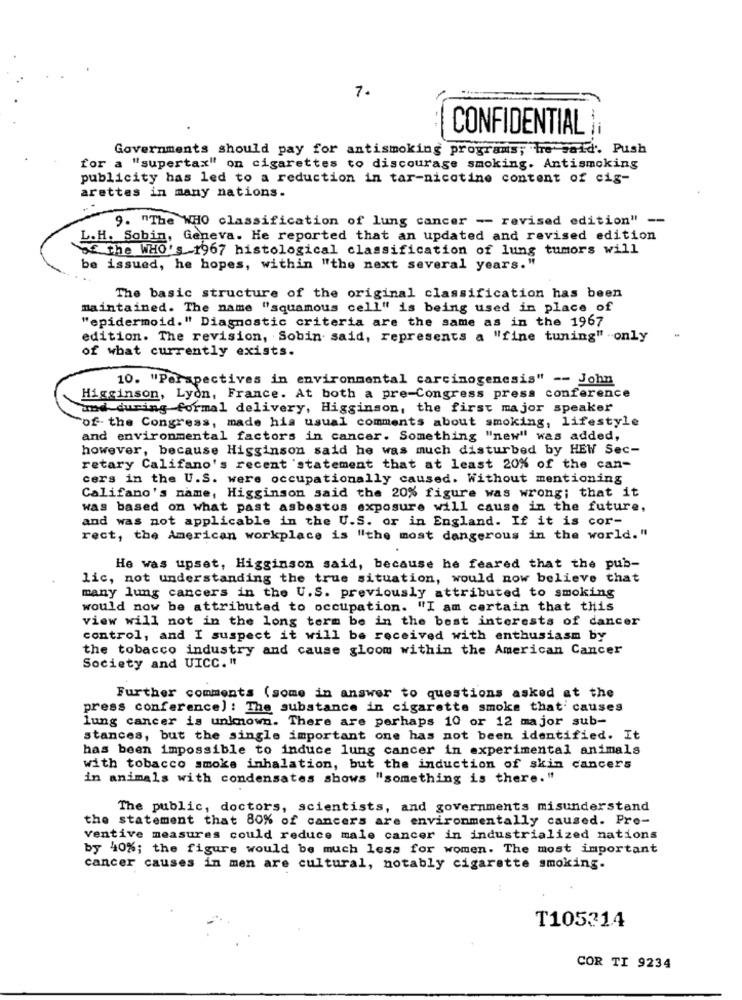
7.
CONFIDENTIAL
Governments should pay for antismoking programs; tre said'. Push
for a "supertax" on cigarettes to discourage smoking. Antismoking
publicity has led to a reduction in tar-nicotine content of cig-
arettes in many nations.
9. "The WHO classification of lung cancer -- revised edition"
-
L.H. Sobin, Geneva. He reported that an updated and revised edition
of the WHO'S-1967 histological classification of lung tumors will
be issued, he hopes, within "the next several years."
The basic structure of the original classification has been
maintained. The name "squamous cell" is being used in place of
"epidermoid." Diagnostic criteria are the same as in the 1967
edition. The revision, Sobin said, represents a "fine tuning" .only
of what currently exists.
10. "Perspectives in environmental carcinogenesis" -- John
Higginson, Lyon, France. At both a pre-Congress press conference
und during formal delivery, Higginson, the first major speaker
of the Congress, made his usual comments about smoking, lifestyle
and environmental factors in cancer. Something "new" was added,
however, because Higginson said he was much disturbed by HEW Sec-
retary Califano's recent 'statement that at least 20% of the can-
cers in the U.S. were occupationally caused. Without mentioning
Califano's name, Higginson said the 20% figure was wrong; that it
was based on what past asbestos exposure will cause in the future,
and was not applicable in the U.S. or in England. If it is cor-
rect, the American workplace is "the most dangerous in the world."
He was upset, Higginson said, because he feared that the pub-
lic, not understanding the true situation, would now believe that
many lung cancers in the U.S. previously attributed to smoking
would now be attributed to occupation. "I am certain that this
view will not in the long term be in the best interests of dancer
control, and I suspect it will be received with enthusiasm by
the tobacco industry and cause gloom within the American Cancer
Society and UICC. "
Further comments (some in answer to questions asked at the
press conference) : The substance in cigarette smoke that' causes
lung cancer is unknown. There are perhaps 10 or 12 major sub-
stances, but the single important one has not been identified. It
has been impossible to induce lung cancer in experimental animals
with tobacco smoke inhalation, but the induction of skin cancers
in animals with condensates shows "something is there."
The public, doctors, scientists, and governments misunderstand
the statement that 80% of cancers are environmentally caused. Pro-
ventive measures could reduce male cancer in industrialized nations
by 40%; the figure would be much less for women. The most important
cancer causes in men are cultural, notably cigarette smoking.
T105314
COR TI 9234